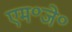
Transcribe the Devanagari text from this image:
एम॰जे॰